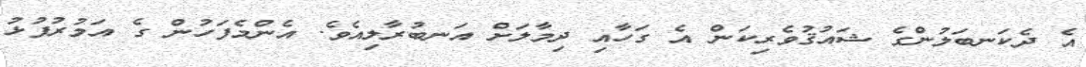
އެ ދެކަނބަލުންގެ ޝައުޤުވެރިކަން އެ ގަހާއި ދިމާލަށް އަނބުރާލިއެވެ. އެންމެފަހުން ގެ އަމުރުފުޅު